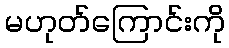
မဟုတ်ကြောင်းကို